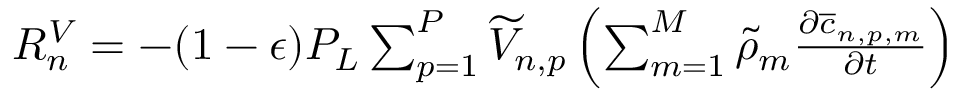
\begin{array} { r } { R _ { n } ^ { V } = - ( 1 - \epsilon ) P _ { L } \sum _ { p = 1 } ^ { P } \widetilde { V } _ { n , p } \left( \sum _ { m = 1 } ^ { M } \widetilde { \rho } _ { m } \frac { \partial \overline { { c } } _ { n , p , m } } { \partial t } \right) } \end{array}